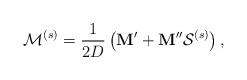
LaTeX: \begin{align*}\mathbf{\mathcal{M}}^{(s)}=\frac{1}{2D}\left(\mathbf{M}'+\mathbf{M}''\mathcal{S}^{(s)}\right),\end{align*}